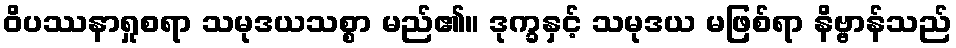
ဝိပဿနာရှုစရာ သမုဒယသစ္စာ မည်၏။ ဒုက္ခနှင့် သမုဒယ မဖြစ်ရာ နိဗ္ဗာန်သည်